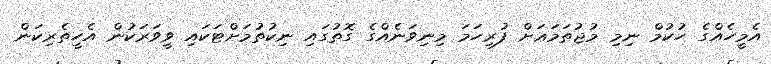
އެމީހެއްގެ ޙުކުމް ނިމި މުޖުތަމަޢަށް ފުރިހަމަ މިނިވަނެއްގެ ގޮތުގައި ނިކުތުމަށްޓަކައި ވީވަރަކުން އެހީތެރިކަން